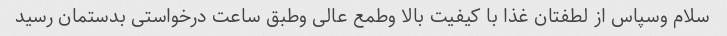
سلام وسپاس از لطفتان غذا با کیفیت بالا وطمع عالی وطبق ساعت درخواستی بدستمان رسید